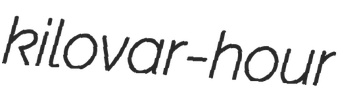
kilovar-hour